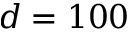
d = 1 0 0